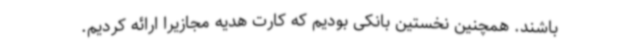
باشند. همچنین نخستین بانکی بودیم که کارت هدیه مجازیرا ارائه کردیم.